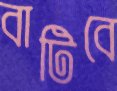
বাটিবে